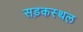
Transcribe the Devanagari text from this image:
सड़कस्थल